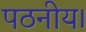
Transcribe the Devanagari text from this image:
पठनीय।